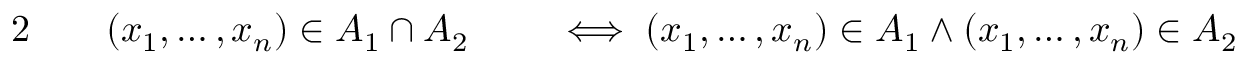
\begin{array} { r l r l } { { 2 } \quad } & { { } ( x _ { 1 } , \ldots , x _ { n } ) \in A _ { 1 } \cap A _ { 2 } } & { } & { { } \iff ( x _ { 1 } , \ldots , x _ { n } ) \in A _ { 1 } \land ( x _ { 1 } , \ldots , x _ { n } ) \in A _ { 2 } } \end{array}